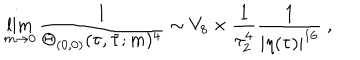
\lim _ { m \rightarrow 0 } \frac { 1 } { \Theta _ { ( 0 , 0 ) } ( \tau , \bar { \tau } ; m ) ^ { 4 } } \sim V _ { 8 } \times \frac { 1 } { \tau _ { 2 } ^ { 4 } } \frac { 1 } { | \eta ( \tau ) | ^ { 1 6 } } ~ ,